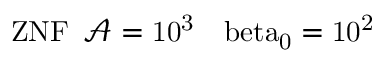
\mathrm { { Z N F } \: \: \mathcal { A } = 1 0 ^ { 3 } \: \: \: \ b e t a _ { 0 } = 1 0 ^ { 2 } }